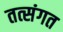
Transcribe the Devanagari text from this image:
तत्संगत